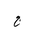
Letter: _gim